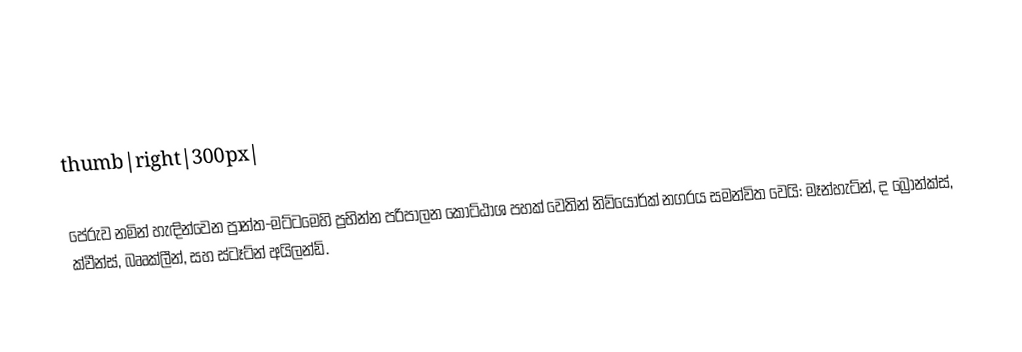
thumb|right|300px|

පේරුව නමින් හැඳින්වෙන ප්‍රාන්ත-මට්ටමෙහි ප්‍රභින්න පරිපාලන කොට්ඨාශ පහක් වෙතින් නිව්යෝර්ක් නගරය සමන්විත වෙයි: මෑන්හැට්න්, ද බ්‍රොන්ක්ස්, ක්වීන්ස්, බෲක්ලීන්, සහ ස්ටෑට්න් අයිලන්ඩ්.